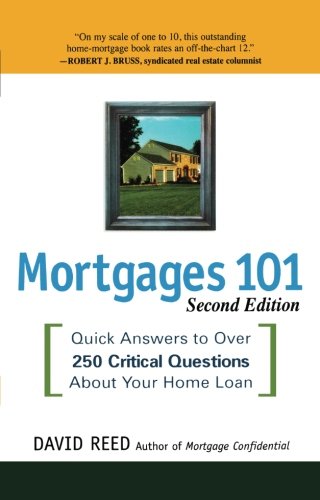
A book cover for Mortgages 101: Quick Answers to Over 250 Critical Questions About Your Home Loan; David Reed; Business & Money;